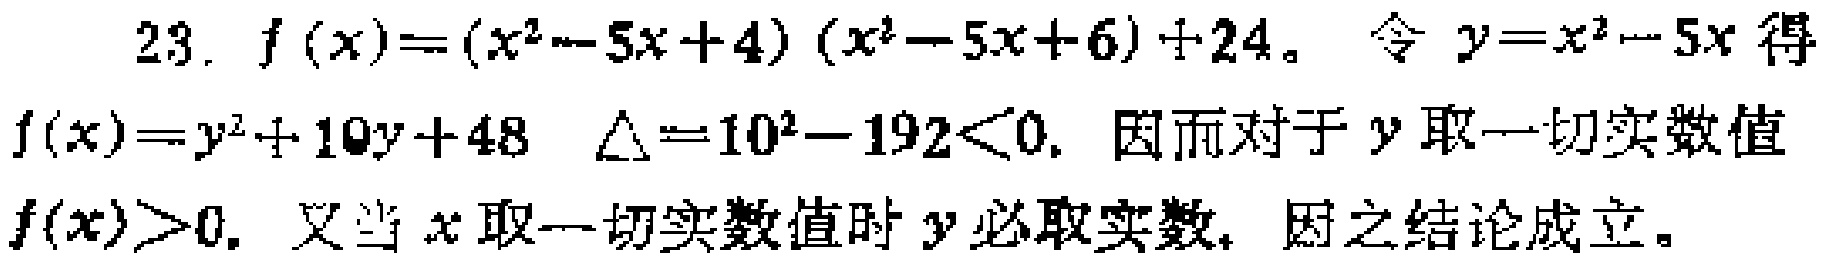
23. \(f(x)=(x^{2}-5x + 4)(x^{2}-5x + 6)+24\)。令 \(y = x^{2}-5x\) 得
\(f(x)=y^{2}+10y + 48\) \(\Delta=10^{2}-192<0\)，因而对于 \(y\) 取一切实数值
\(f(x)>0\)。又当 \(x\) 取一切实数值时 \(y\) 必取实数，因之结论成立。